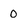
Character: 0